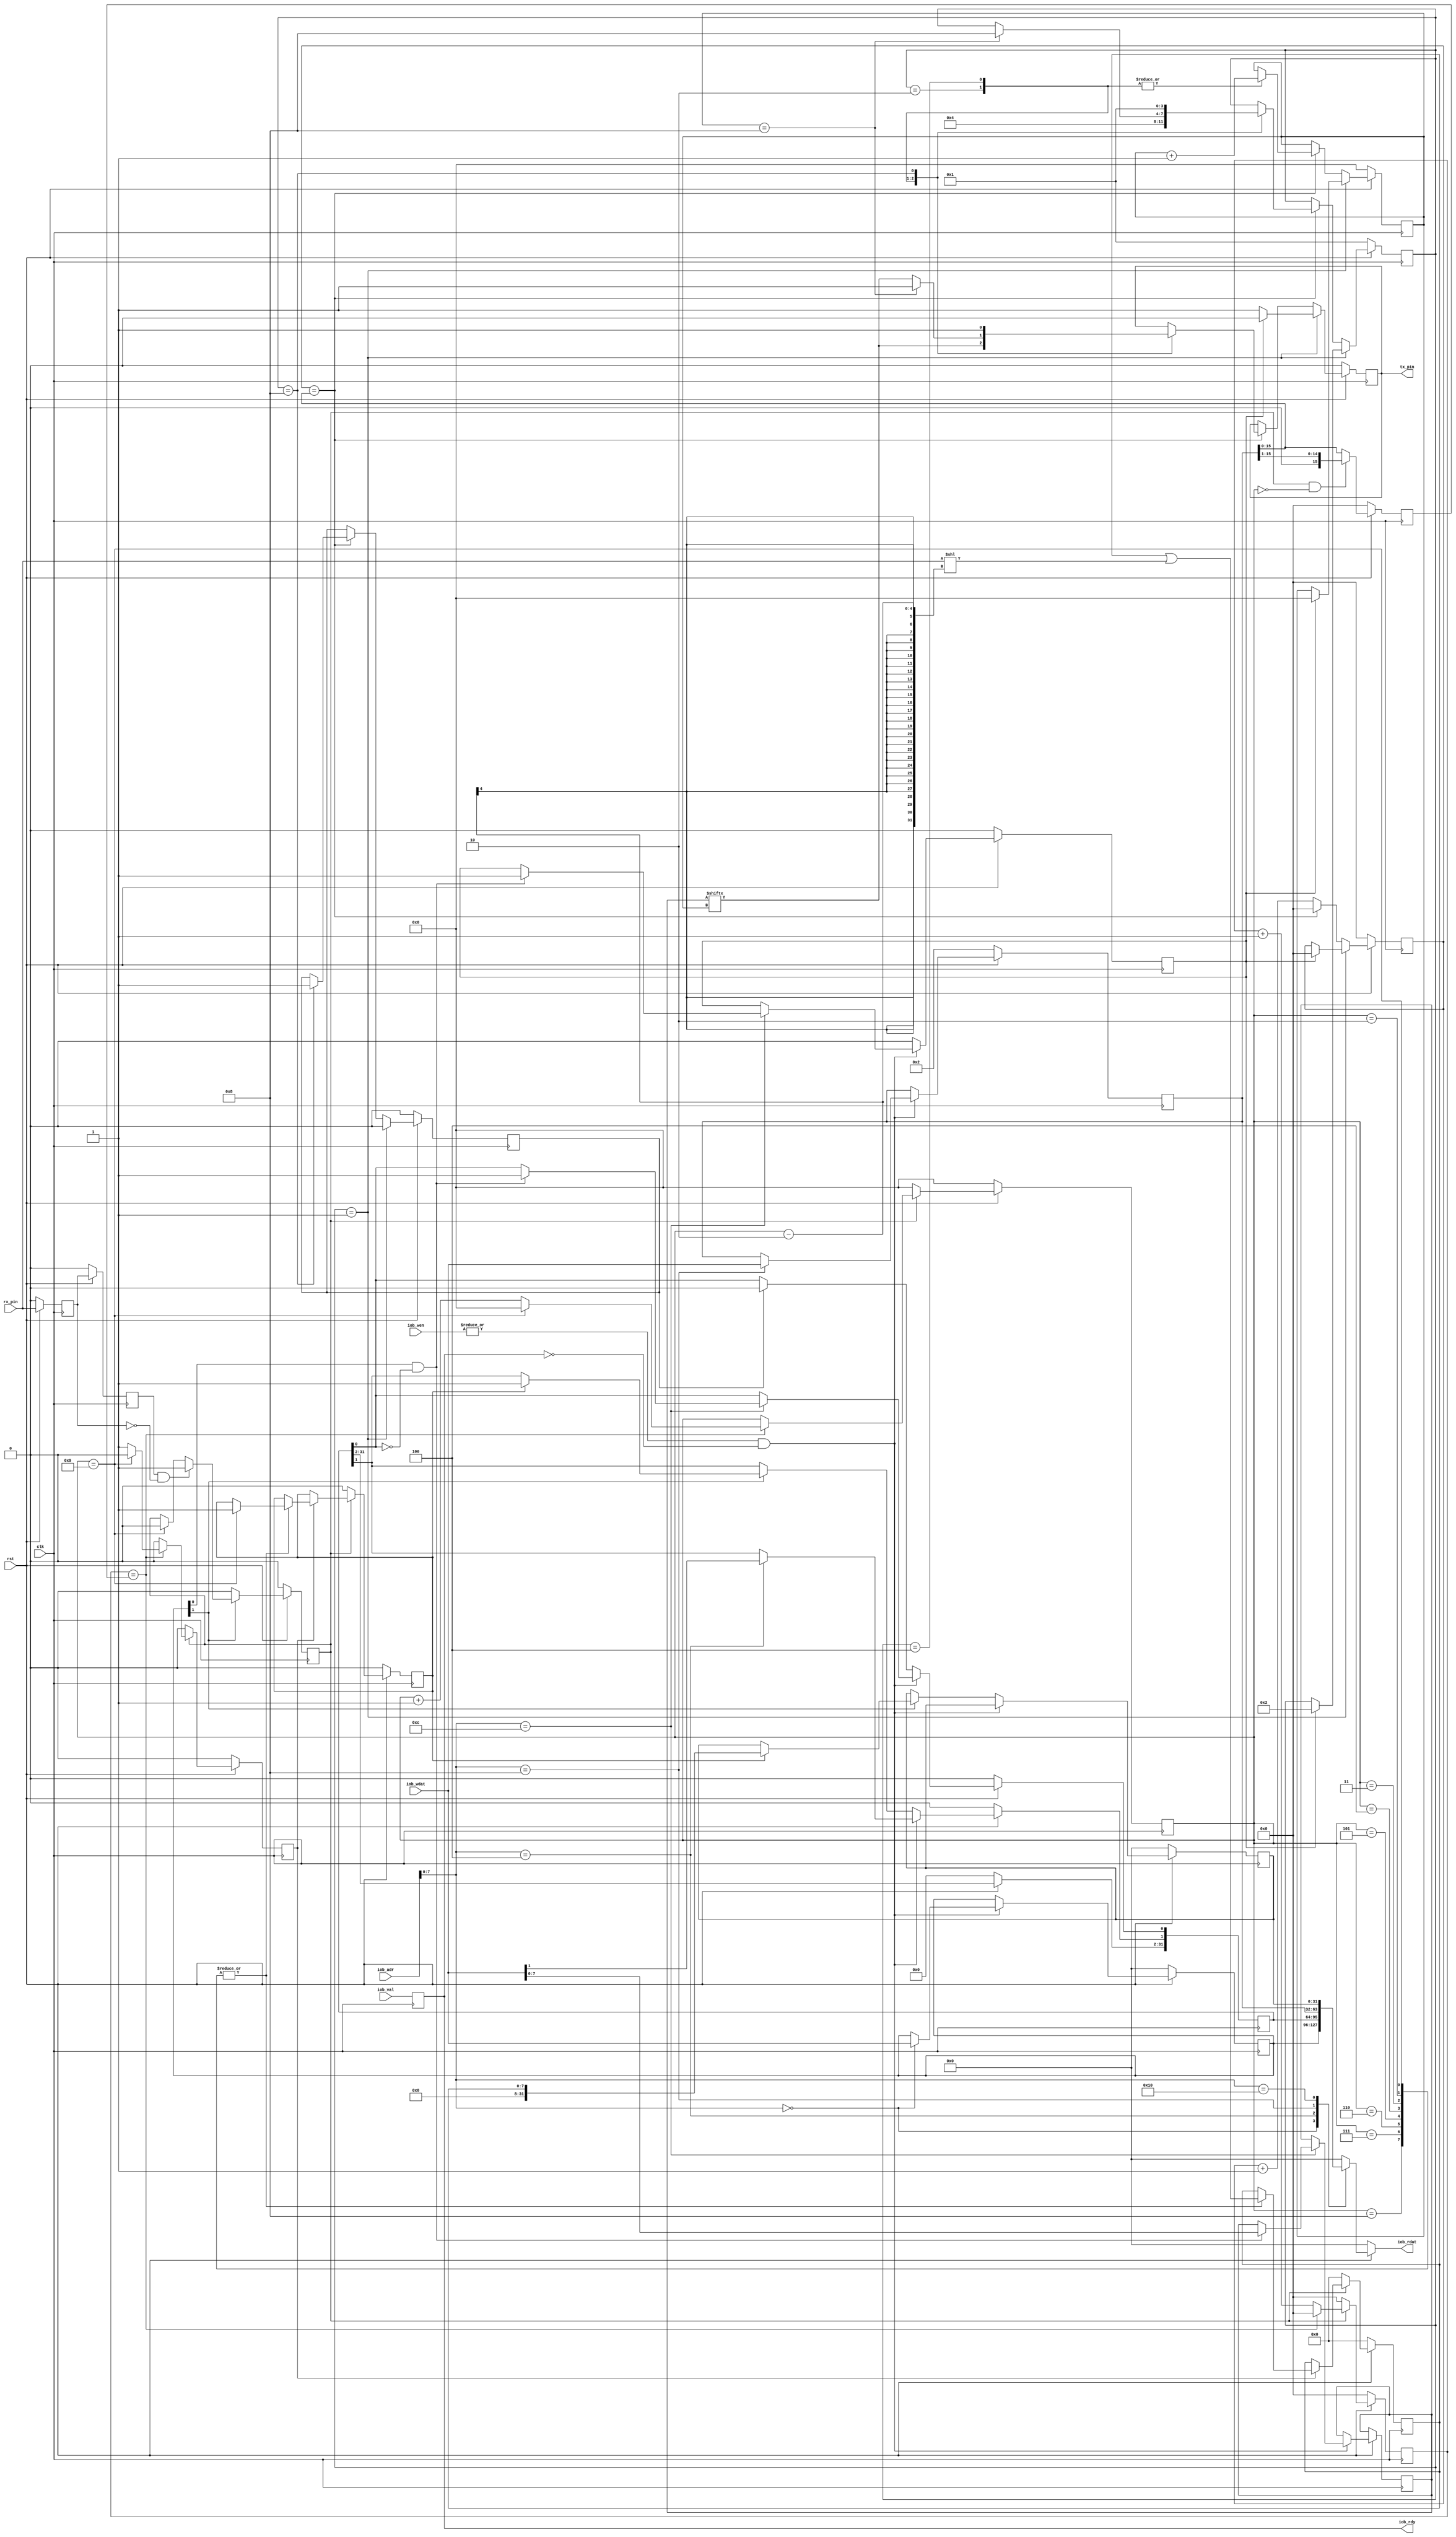
 /*                                                                      
 Copyright 2020 Blue Liang, liangkangnan@163.com
                                                                         
 Licensed under the Apache License, Version 2.0 (the "License");         
 you may not use this file except in compliance with the License.        
 You may obtain a copy of the License at                                 
                                                                         
     http://www.apache.org/licenses/LICENSE-2.0                          
                                                                         
 Unless required by applicable law or agreed to in writing, software    
 distributed under the License is distributed on an "AS IS" BASIS,       
 WITHOUT WARRANTIES OR CONDITIONS OF ANY KIND, either express or implied.
 See the License for the specific language governing permissions and     
 limitations under the License.                                          
 */


// (: 115200, 8 N 1)
module uart(

	input         clk,
	input         rst,

    input         iob_val,
    output reg    iob_rdy,
    input  [31:0] iob_adr,
    input  [ 3:0] iob_wen,
    input  [31:0] iob_wdat,
    output [31:0] iob_rdat,

	output        tx_pin,
    input         rx_pin

    );

    reg [31:0] data_o;
    wire we_i = (| iob_wen) & ~iob_rdy;
    wire [31:0] addr_i = iob_adr;
    wire [31:0] data_i = iob_wdat;
    assign iob_rdat = data_o;
    always @ (posedge clk) iob_rdy <= iob_val;


//    input         we_i,
//    input  [31:0] addr_i,
//    input  [31:0] data_i,
//
//    output 


    // 50MHz115200bps
    localparam BAUD_115200 = 32'h2;

    localparam S_IDLE       = 4'b0001;
    localparam S_START      = 4'b0010;
    localparam S_SEND_BYTE  = 4'b0100;
    localparam S_STOP       = 4'b1000;

    reg tx_data_valid;
    reg tx_data_ready;

    reg[3:0] state;
    reg[15:0] cycle_cnt;
    reg[3:0] bit_cnt;
    reg[7:0] tx_data;
    reg tx_reg;

    reg rx_q0;
    reg rx_q1;
    wire rx_negedge;
    reg rx_start;                      // RX
    reg[3:0] rx_clk_edge_cnt;          // clk
    reg rx_clk_edge_level;             // clk
    reg rx_done;
    reg[15:0] rx_clk_cnt;
    reg[15:0] rx_div_cnt;
    reg[7:0] rx_data;
    reg rx_over;

    localparam UART_CTRL = 8'h0;
    localparam UART_STATUS = 8'h4;
    localparam UART_BAUD = 8'h8;
    localparam UART_TXDATA = 8'hc;
    localparam UART_RXDATA = 8'h10;

    // addr: 0x00
    // rw. bit[0]: tx enable, 1 = enable, 0 = disable
    // rw. bit[1]: rx enable, 1 = enable, 0 = disable
    reg[31:0] uart_ctrl;

    // addr: 0x04
    // ro. bit[0]: tx busy, 1 = busy, 0 = idle
    // rw. bit[1]: rx over, 1 = over, 0 = receiving
    // must check this bit before tx data
    reg[31:0] uart_status;

    // addr: 0x08
    // rw. clk div
    reg[31:0] uart_baud;

    // addr: 0x10
    // ro. rx data
    reg[31:0] uart_rx;

    assign tx_pin = tx_reg;


    // 
    always @ (posedge clk) begin
        if (rst == 1'b0) begin
            uart_ctrl <= 32'h0;
            uart_status <= 32'h0;
            uart_rx <= 32'h0;
            uart_baud <= BAUD_115200;
            tx_data_valid <= 1'b0;
        end else begin
            if (we_i == 1'b1) begin
                case (addr_i[7:0])
                    UART_CTRL: begin
                        uart_ctrl <= data_i;
                    end
                    UART_BAUD: begin
                        uart_baud <= data_i;
                    end
                    UART_STATUS: begin
                        uart_status[1] <= data_i[1];
                    end
                    UART_TXDATA: begin
                        if (uart_ctrl[0] == 1'b1 && uart_status[0] == 1'b0) begin
                            tx_data <= data_i[7:0];
                            uart_status[0] <= 1'b1;
                            tx_data_valid <= 1'b1;
                        end
                    end
                endcase
            end else begin
                tx_data_valid <= 1'b0;
                if (tx_data_ready == 1'b1) begin
                    uart_status[0] <= 1'b0;
                end
                if (uart_ctrl[1] == 1'b1) begin
                    if (rx_over == 1'b1) begin
                        uart_status[1] <= 1'b1;
                        uart_rx <= {24'h0, rx_data};
                    end
                end
            end
        end
    end

    // 
    always @ (*) begin
        if (rst == 1'b0) begin
            data_o = 32'h0;
        end else begin
            case (addr_i[7:0])
                UART_CTRL: begin
                    data_o = uart_ctrl;
                end
                UART_STATUS: begin
                    data_o = uart_status;
                end
                UART_BAUD: begin
                    data_o = uart_baud;
                end
                UART_RXDATA: begin
                    data_o = uart_rx;
                end
                default: begin
                    data_o = 32'h0;
                end
            endcase
        end
    end

    // *************************** TX ****************************

    always @ (posedge clk) begin
        if (rst == 1'b0) begin
            state <= S_IDLE;
            cycle_cnt <= 16'd0;
            tx_reg <= 1'b0;
            bit_cnt <= 4'd0;
            tx_data_ready <= 1'b0;
        end else begin
            if (state == S_IDLE) begin
                tx_reg <= 1'b1;
                tx_data_ready <= 1'b0;
                if (tx_data_valid == 1'b1) begin
                    state <= S_START;
                    cycle_cnt <= 16'd0;
                    bit_cnt <= 4'd0;
                    tx_reg <= 1'b0;
                end
            end else begin
                cycle_cnt <= cycle_cnt + 16'd1;
                if (cycle_cnt == uart_baud[15:0]) begin
                    cycle_cnt <= 16'd0;
                    case (state)
                        S_START: begin
                            tx_reg <= tx_data[bit_cnt];
                            state <= S_SEND_BYTE;
                            bit_cnt <= bit_cnt + 4'd1;
                        end
                        S_SEND_BYTE: begin
                            bit_cnt <= bit_cnt + 4'd1;
                            if (bit_cnt == 4'd8) begin
                                state <= S_STOP;
                                tx_reg <= 1'b1;
                            end else begin                
                                tx_reg <= tx_data[bit_cnt];
                            end
                        end
                        S_STOP: begin
                            tx_reg <= 1'b1;
                            state <= S_IDLE;
                            tx_data_ready <= 1'b1;
                        end
                    endcase
                end
            end
        end
    end
    //synopsys translate_off
    always @(posedge clk) begin
        if (tx_data_ready)
            $fwrite(32'h80000002, "%c", tx_data);
    end
    //synopsys translate_on    
    // *************************** RX ****************************

    // ()
    assign rx_negedge = rx_q1 && ~rx_q0;


    always @ (posedge clk) begin
        if (rst == 1'b0) begin
            rx_q0 <= 1'b0;
            rx_q1 <= 1'b0;	
        end else begin
            rx_q0 <= rx_pin;
            rx_q1 <= rx_q0;
        end
    end

    // 
    always @ (posedge clk) begin
        if (rst == 1'b0) begin
            rx_start <= 1'b0;
        end else begin
            if (uart_ctrl[1]) begin
                if (rx_negedge) begin
                    rx_start <= 1'b1;
                end else if (rx_clk_edge_cnt == 4'd9) begin
                    rx_start <= 1'b0;
                end
            end else begin
                rx_start <= 1'b0;
            end
        end
    end

    always @ (posedge clk) begin
        if (rst == 1'b0) begin
            rx_div_cnt <= 16'h0;
        end else begin
            // 
            if (rx_start == 1'b1 && rx_clk_edge_cnt == 4'h0) begin
                rx_div_cnt <= {1'b0, uart_baud[15:1]};
            end else begin
                rx_div_cnt <= uart_baud[15:0];
            end
        end
    end

    // 
    always @ (posedge clk) begin
        if (rst == 1'b0) begin
            rx_clk_cnt <= 16'h0;
        end else if (rx_start == 1'b1) begin
            // 
            if (rx_clk_cnt == rx_div_cnt) begin
                rx_clk_cnt <= 16'h0;
            end else begin
                rx_clk_cnt <= rx_clk_cnt + 1'b1;
            end
        end else begin
            rx_clk_cnt <= 16'h0;
        end
    end

    // 
    always @ (posedge clk) begin
        if (rst == 1'b0) begin
            rx_clk_edge_cnt <= 4'h0;
            rx_clk_edge_level <= 1'b0;
        end else if (rx_start == 1'b1) begin
            // 
            if (rx_clk_cnt == rx_div_cnt) begin
                // 
                if (rx_clk_edge_cnt == 4'd9) begin
                    rx_clk_edge_cnt <= 4'h0;
                    rx_clk_edge_level <= 1'b0;
                end else begin
                    // 1
                    rx_clk_edge_cnt <= rx_clk_edge_cnt + 1'b1;
                    // 
                    rx_clk_edge_level <= 1'b1;
                end
            end else begin
                rx_clk_edge_level <= 1'b0;
            end
        end else begin
            rx_clk_edge_cnt <= 4'h0;
            rx_clk_edge_level <= 1'b0;
        end
    end

    // bit
    always @ (posedge clk) begin
        if (rst == 1'b0) begin
            rx_data <= 8'h0;
            rx_over <= 1'b0;
        end else begin
            if (rx_start == 1'b1) begin
                // 
                if (rx_clk_edge_level == 1'b1) begin
                    case (rx_clk_edge_cnt)
                        // 
                        1: begin

                        end
                        // 
                        2, 3, 4, 5, 6, 7, 8, 9: begin
                            rx_data <= rx_data | (rx_pin << (rx_clk_edge_cnt - 2));
                            // 
                            if (rx_clk_edge_cnt == 4'h9) begin
                                rx_over <= 1'b1;
                            end
                        end
                    endcase
                end
            end else begin
                rx_data <= 8'h0;
                rx_over <= 1'b0;
            end
        end
    end

endmodule